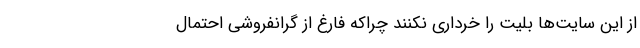
از این سایت‌ها بلیت را خرداری نکنند چراکه فارغ از گرانفروشی احتمال